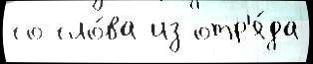
со сло́ва из отр'я́да